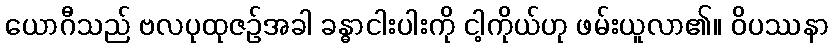
ယောဂီသည် ဗလပုထုဇဉ်အခါ ခန္ဓာငါးပါးကို ငါ့ကိုယ်ဟု ဖမ်းယူလာ၏။ ဝိပဿနာ